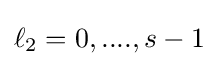
\ell _{2}=0,....,s-1